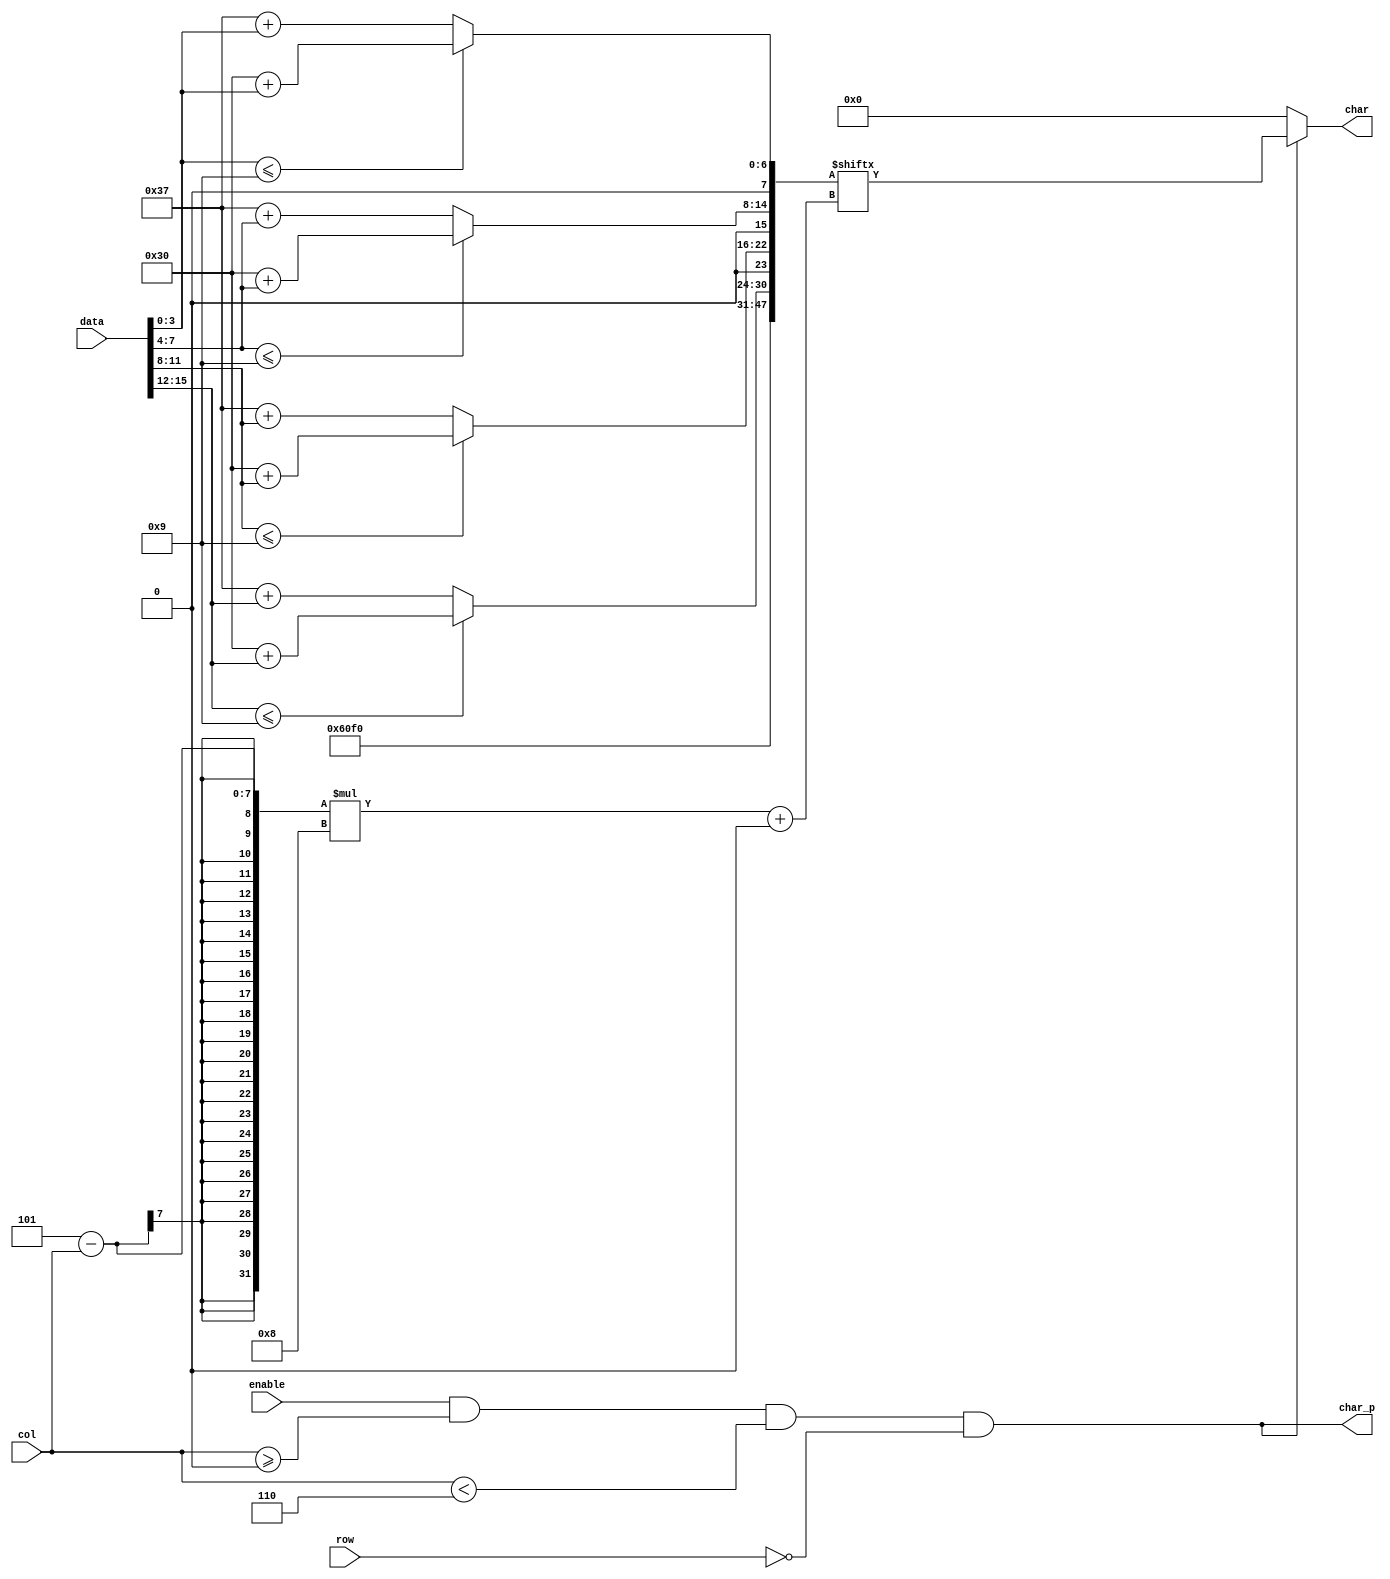
`timescale 1ns / 1ps
//////////////////////////////////////////////////////////////////////////////////
// Company: 
// 
// Design Name: 
// Module Name:    hex_string 
// Project Name: 
// Target Devices: 
// Tool versions: 
// Description: 
//
// Dependencies: 
//
// Revision: 
// Revision 0.01 - File Created
// Additional Comments: 
//
//////////////////////////////////////////////////////////////////////////////////
module hex_string #(
    parameter ROW = 0,
    parameter COL = 0
  ) (
    input [4:0] row,
    input [6:0] col,
    input enable,
    input [15:0] data,
    output char_p,
    output [7:0] char
    );

  localparam LENGTH = 6;
  wire [8*6-1:0] char_buf;
  assign char_buf[47:32] = "0x";
  
  genvar i;
  generate
    for(i=0;i<4;i=i+1) begin: chars
      assign char_buf[i*8+:8] = data[i*4+:4] <= 4'd9 ? "0" + data[i*4+:4] : "A" - 4'd10 + data[i*4+:4];
    end
  endgenerate

  assign char_p = enable & col >= COL & col < COL + LENGTH & row == ROW;
  assign char = char_p ? char_buf[(LENGTH + COL - 1 - col) * 8+:8] : 8'b0;
endmodule